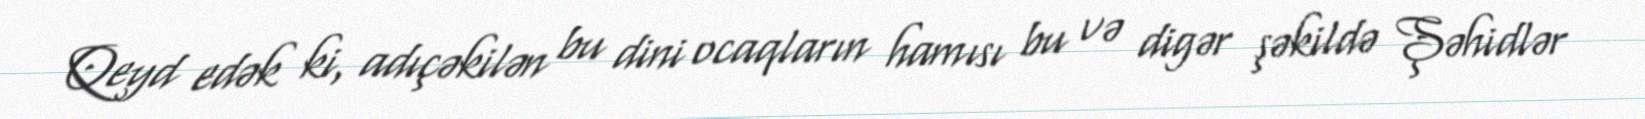
Qeyd edək ki, adıçəkilən bu dini ocaqların hamısı bu və digər şəkildə Şəhidlər